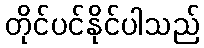
တိုင်ပင်နိုင်ပါသည်